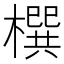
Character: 㯢